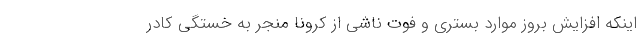
اینکه افزایش بروز موارد بستری و فوت ناشی از کرونا منجر به خستگی کادر